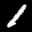
Label: 1